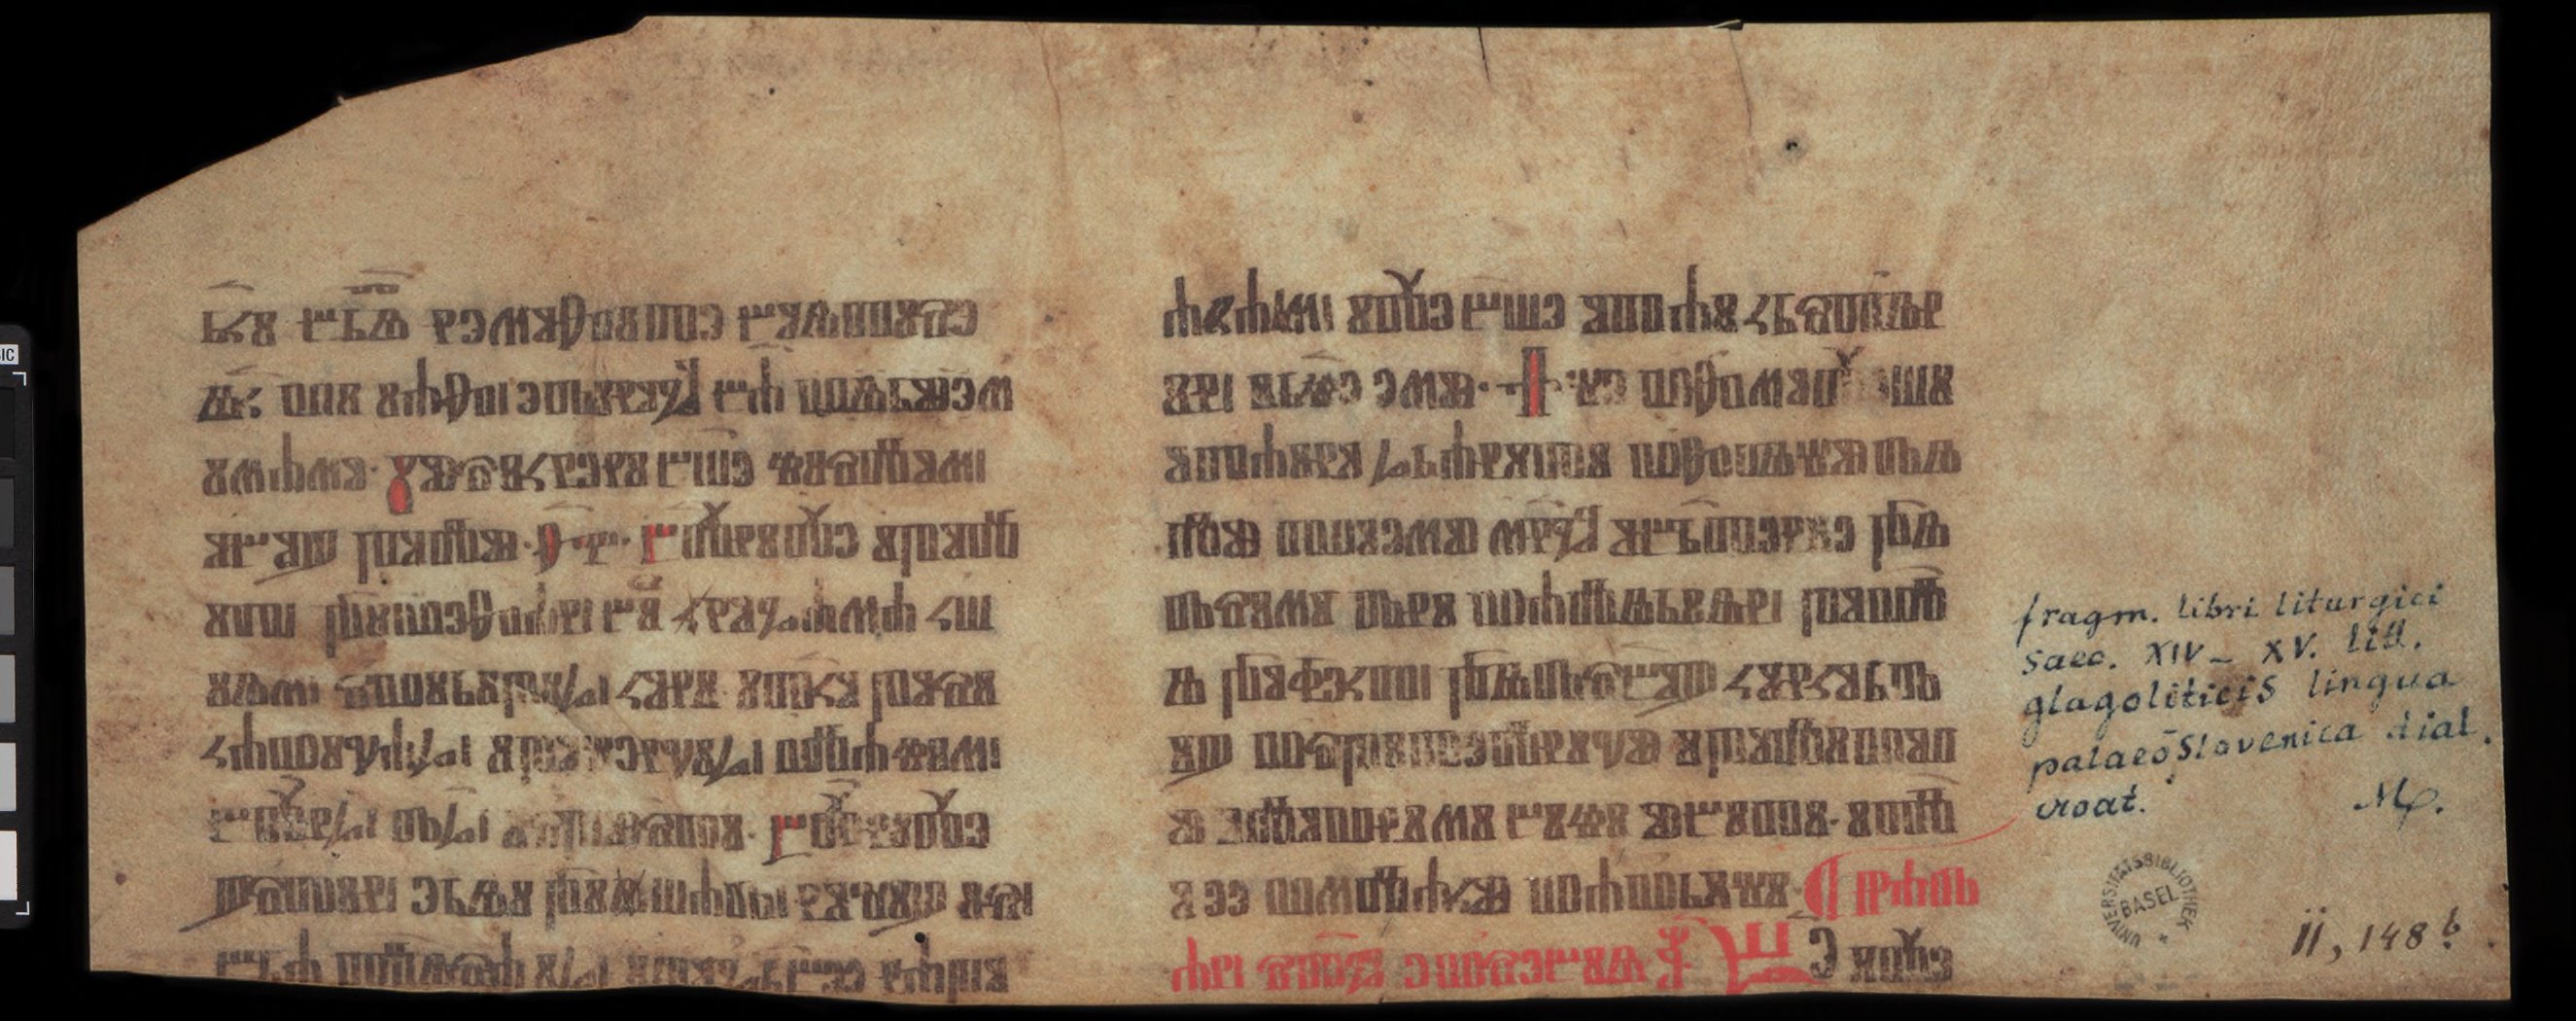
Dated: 1400–1499